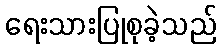
ရေးသားပြုစုခဲ့သည်